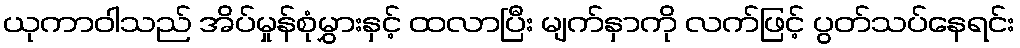
ယုကာဝါသည် အိပ်မှုန်စုံမွှားနှင့် ထလာပြီး မျက်နှာကို လက်ဖြင့် ပွတ်သပ်နေရင်း